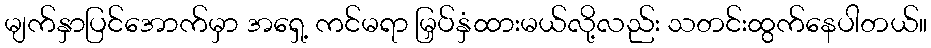
မျက်နှာပြင်အောက်မှာ အရှေ့ ကင်မရာ မြှပ်နှံထားမယ်လို့လည်း သတင်းထွက်နေပါတယ်။